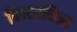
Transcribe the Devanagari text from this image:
विन्टरनित्स